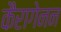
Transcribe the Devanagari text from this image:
कैरागेनन